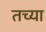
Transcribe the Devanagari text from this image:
तच्या